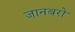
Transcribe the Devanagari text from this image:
जानबरो